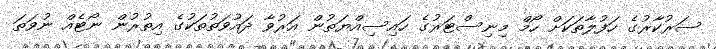
ސަރުކާރުގެ ހަފުލާތަކަށް ހޯމް މިނިސްޓަރުގެ ހައިސިއްޔަތުން އަރުވާ ދައުވަތުތަކުގެ އިތުރުން ނޯޓެއް ނުވަތަ